Insane asylums in Bengal annual reports 1876-1887 - 1876-1887
Year: 1876
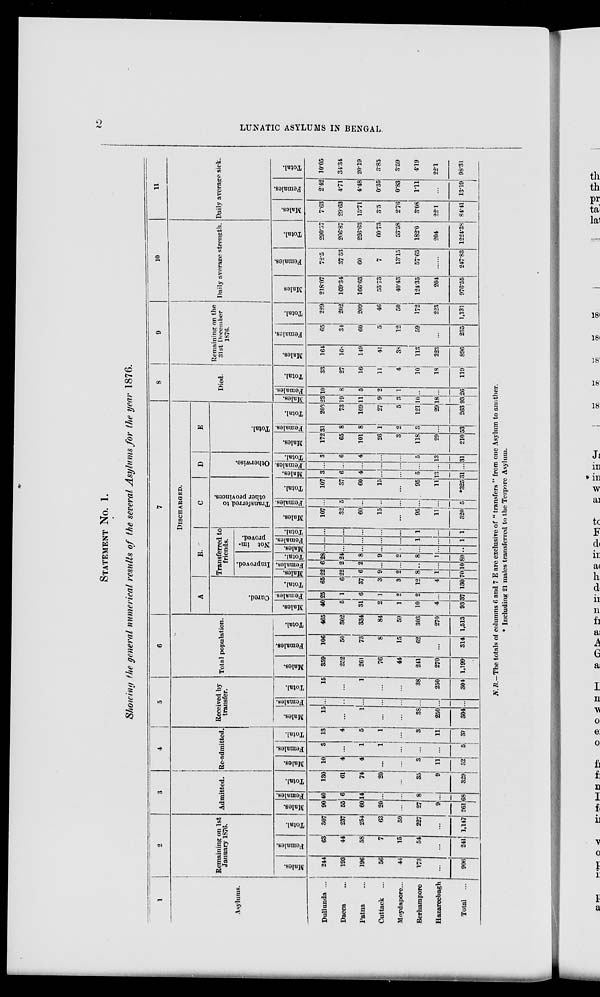
2
LUNATIC ASYLUMS IN BENGAL.
STATEMENT No. 1.
Showing the general numerical results of the several Asylums for the year 1876.
1
Asylums.
Dullunda ...
Dacca ...
Patna ...
Cuttack ...
Moydapore...
Berhampore
Hazareebagh
Total
...
2
Remaining on 1st
January 1876.
Males.
244
193
196
56
44
173
...
906
Females.
63
44
58
7
15
54
...
241
Total.
307
237
254
63
59
227
...
1,147
3
Admitted.
Males.
90
55
60
20
...
27
9
261
Females.
40
6
14
...
...
8
...
68
Total.
130
61
74
20
...
35
9
329
4
Re-admitted.
Males.
10
4
4
...
...
3
11
32
Females.
3
...
1
1
...
...
...
5
Total.
13
4
5
1
...
3
11
37
5
Received by
transfer.
Males.
15
...
1
...
...
38
250
304
Females.
...
...
...
...
...
...
...
...
Total.
15
...
1
...
...
38
250
304
6
Total population.
Males.
359
252
261
76
44
241
270
1,199
Females.
106
50
73
8
15
62
...
314
Total.
465
302
334
84
59
303
270
1,513
7
DISCHARGED.
A
Cured.
Males.
40
5
31
2
1
10
4
93
Females.
25
1
6
1
2
2
...
37
Total.
65
6
37
3
3
12
4
130
B
Transferred to
friends.
Improved.
Males.
22
22
6
9
2
8
1
70
Females.
6
2
2
...
...
...
...
10
Total.
28
24
8
9
2
8
1
80
Not im-
proved.
Males.
...
...
...
...
...
...
...
...
Females.
...
...
...
...
...
1
...
1
Total.
...
...
...
...
...
1
...
1
C
Transferred to
other provinces.
Males.
107
32
60
15
...
95
11
320
Females.
...
5
...
...
...
...
...
5
Total.
107
37
60
15
...
95
11
*325
D
Otherwise.
Males.
3
6
4
...
...
5
13
31
Females.
...
...
...
...
...
...
...
...
Total.
3
6
4
...
...
5
13
31
E
Total.
Males.
172
65
101
26
3
118
29
210
Females.
31
8
8
1
2
3
...
53
Total.
203
73
109
27
5
121
29
263
8
Died.
Males.
23
19
11
9
3
10
18
93
Females.
10
8
5
2
1
...
...
26
Total.
33
27
16
11
4
10
18
119
9
Remaining on the
31st December
1876.
Males.
164
168
149
41
38
113
223
896
Females.
65
34
60
5
12
59
...
235
Total.
229
202
209
46
50
172
223
1,131
10
Daily average strength.
Males.
218.07
169.34
166.63
53.73
40.43
124.35
204
976.55
Females.
72.5
37.53
60
7
13.15
57.65
......
247.83
Total.
290.57
206.87
226.63
60.73
53.58
182.0
204
1224.38
11
Daily average sick.
Males.
7.63
29.63
15.71
3.5
2.76
3.08
22.1
84.41
Females.
2.42
4.71
4.48
0.35
0.83
1.11
...
13.19
Total.
10.05
34.34
20.19
3.85
3.59
4.19
22.1
98.3l
N.B.—The totals of columns 6 and 7 E are exclusive of “ transfers ” from one Asylum to another.
* Including 21 males transferred to the Tezpore Asylum.